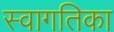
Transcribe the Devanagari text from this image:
स्वागतिका